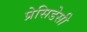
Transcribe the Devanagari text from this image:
प्रेसिडेसी